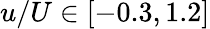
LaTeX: u/U\in[-0.3,1.2]